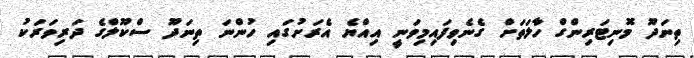
ތިނަދޫ މޮނިޓަރިންގް ހާލަތަށް ގެނެވިފައިމިވަނީ އިއްޔެ އެރަށުގައި ހުންނަ ތިނަދޫ ސްކޫލްގެ ދަރިވަރަކު